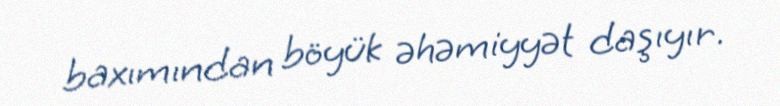
baxımından böyük əhəmiyyət daşıyır.